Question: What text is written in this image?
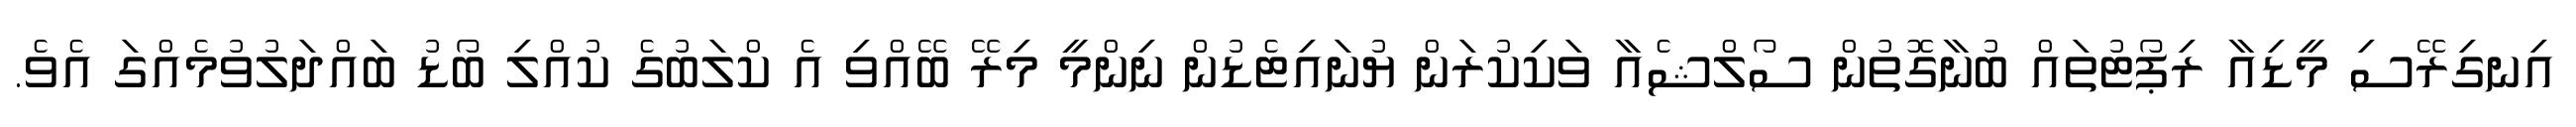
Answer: އިނގިރޭސި މީޑިއާ ރިޕޯޓުތައް ބުނާގޮތުން ސޯލްޝެއާ ވަކިކުރަން ޔުނައިޓެޑުން ނިންމީ މިރޭ ބޭއްވި އެ ކްލަބުގެ ކުއްލި ބޯޑު ބައްދަލުވުމެއްގަ އެވެ.